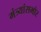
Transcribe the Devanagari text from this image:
मंत्र्यांसमोर